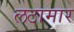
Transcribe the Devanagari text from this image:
लठामार